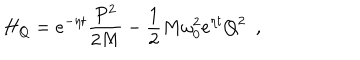
LaTeX: H _ { Q } = e ^ { - \eta t } \frac { P ^ { 2 } } { 2 M } - \frac 1 2 M \omega _ { 0 } ^ { 2 } e ^ { \eta t } Q ^ { 2 } \, \, \, ,